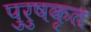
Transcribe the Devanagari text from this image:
पुरुषकृत